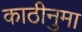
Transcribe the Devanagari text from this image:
काठीनुमा